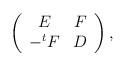
LaTeX: \begin{align*}\left( \begin{array}{cc} E & F \\ -^{t}F & D \end{array} \right),\end{align*}